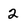
Character: 2